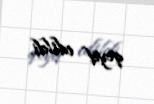
qeyd edildi.